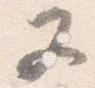
又